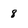
Character: 8